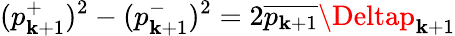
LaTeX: (p_{\mathbf{k}+1}^{+})^{2}-(p_{\mathbf{k}+1}^{-})^{2}=2\overline{{{p_{\mathbf{k}+1}}}}\Deltap_{\mathbf{k}+1}